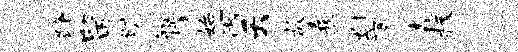
躇留旷瓶摧始雨夭故熹剡厦森极